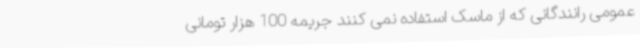
عمومی رانندگانی که از ماسک استفاده نمی کنند جریمه 100 هزار تومانی